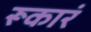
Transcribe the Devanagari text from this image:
रूकारं